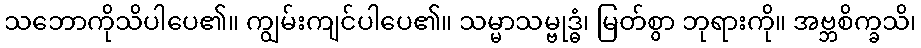
သဘောကိုသိပါပေ၏။ ကျွမ်းကျင်ပါပေ၏။ သမ္မာသမ္ဗုဒ္ဓံ၊ မြတ်စွာ ဘုရားကို။ အဗ္ဘစိက္ခသိ၊